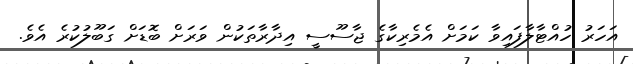
އަހަރު ހުއްޓާލާފައިވާ ކަމަށް އެމެރިކާގެ ޖާސޫސީ އިދާރާތަކުން ވަރަށް ބޮޑަށް ގަބޫލުކުރެ އެވެ.